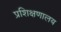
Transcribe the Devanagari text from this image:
प्रशिक्षणालय